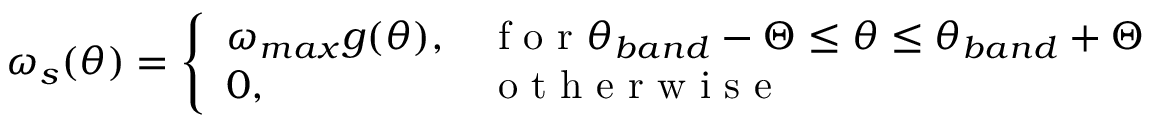
\omega _ { s } ( \theta ) = \left\{ \begin{array} { l l } { \omega _ { m a x } g ( \theta ) , } & { \mathrm { ~ f ~ o ~ r ~ } \theta _ { b a n d } - \Theta \le \theta \le \theta _ { b a n d } + \Theta } \\ { 0 , } & { \mathrm { ~ o ~ t ~ h ~ e ~ r ~ w ~ i ~ s ~ e ~ } } \end{array} \right.